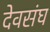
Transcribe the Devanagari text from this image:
देवसंघ